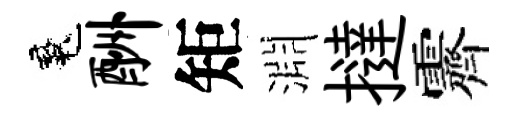
魂酬矩淵撻霽